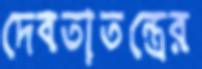
দেবতাতন্ত্রের